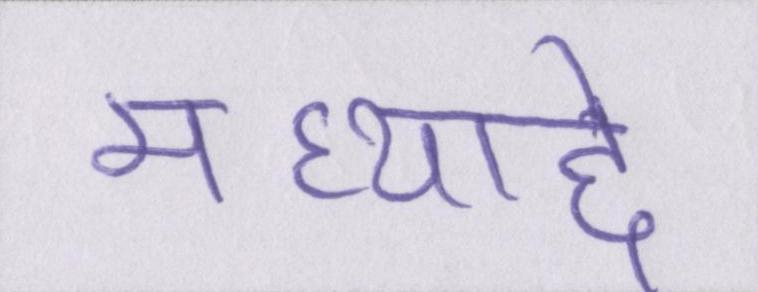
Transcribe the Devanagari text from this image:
मध्याद्दे